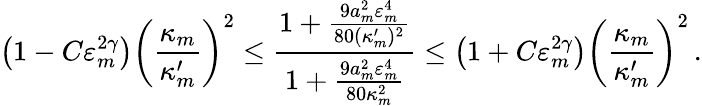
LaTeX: \bigl(1-C\varepsilon_{m}^{2\gamma}\bigr)\biggl(\frac{\kappa_{m}}{\kappa_{m}^{\prime}}\biggr)^{2}\leq\frac{1+\frac{9a_{m}^{2}\varepsilon_{m}^{4}}{80(\kappa_{m}^{\prime})^{2}}}{1+\frac{9a_{m}^{2}\varepsilon_{m}^{4}}{80\kappa_{m}^{2}}}\leq\bigl(1+C\varepsilon_{m}^{2\gamma}\bigr)\biggl(\frac{\kappa_{m}}{\kappa_{m}^{\prime}}\biggr)^{2}\, .